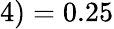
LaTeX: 4)=0.25